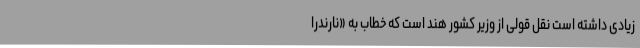
زیادی داشته است نقل قولی از وزیر کشور هند است که خطاب به «نارندرا